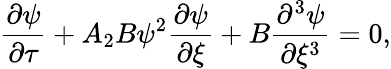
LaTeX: \frac{\partial\psi}{\partial\tau}+A_{2}B\psi^{2}\frac{\partial\psi}{\partial\xi}+B\frac{\partial^{3}\psi}{\partial\xi^{3}}=0,